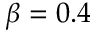
\beta = 0 . 4